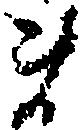
ま